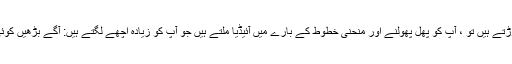
اگر ، جیسے ہی آپ موڑتے ہیں تو ، آپ کو پھل پھولنے اور منحنی خطوط کے بارے میں آئیڈیا ملتے ہیں جو آپ کو زیادہ اچھے لگتے ہیں: آگے بڑھیں کوئی سیٹ پیٹرن نہیں ہے۔